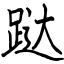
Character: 跶